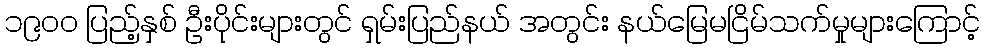
၁၉၀၀ ပြည့်နှစ် ဦးပိုင်းများတွင် ရှမ်းပြည်နယ် အတွင်း နယ်မြေမငြိမ်သက်မှုများကြောင့်